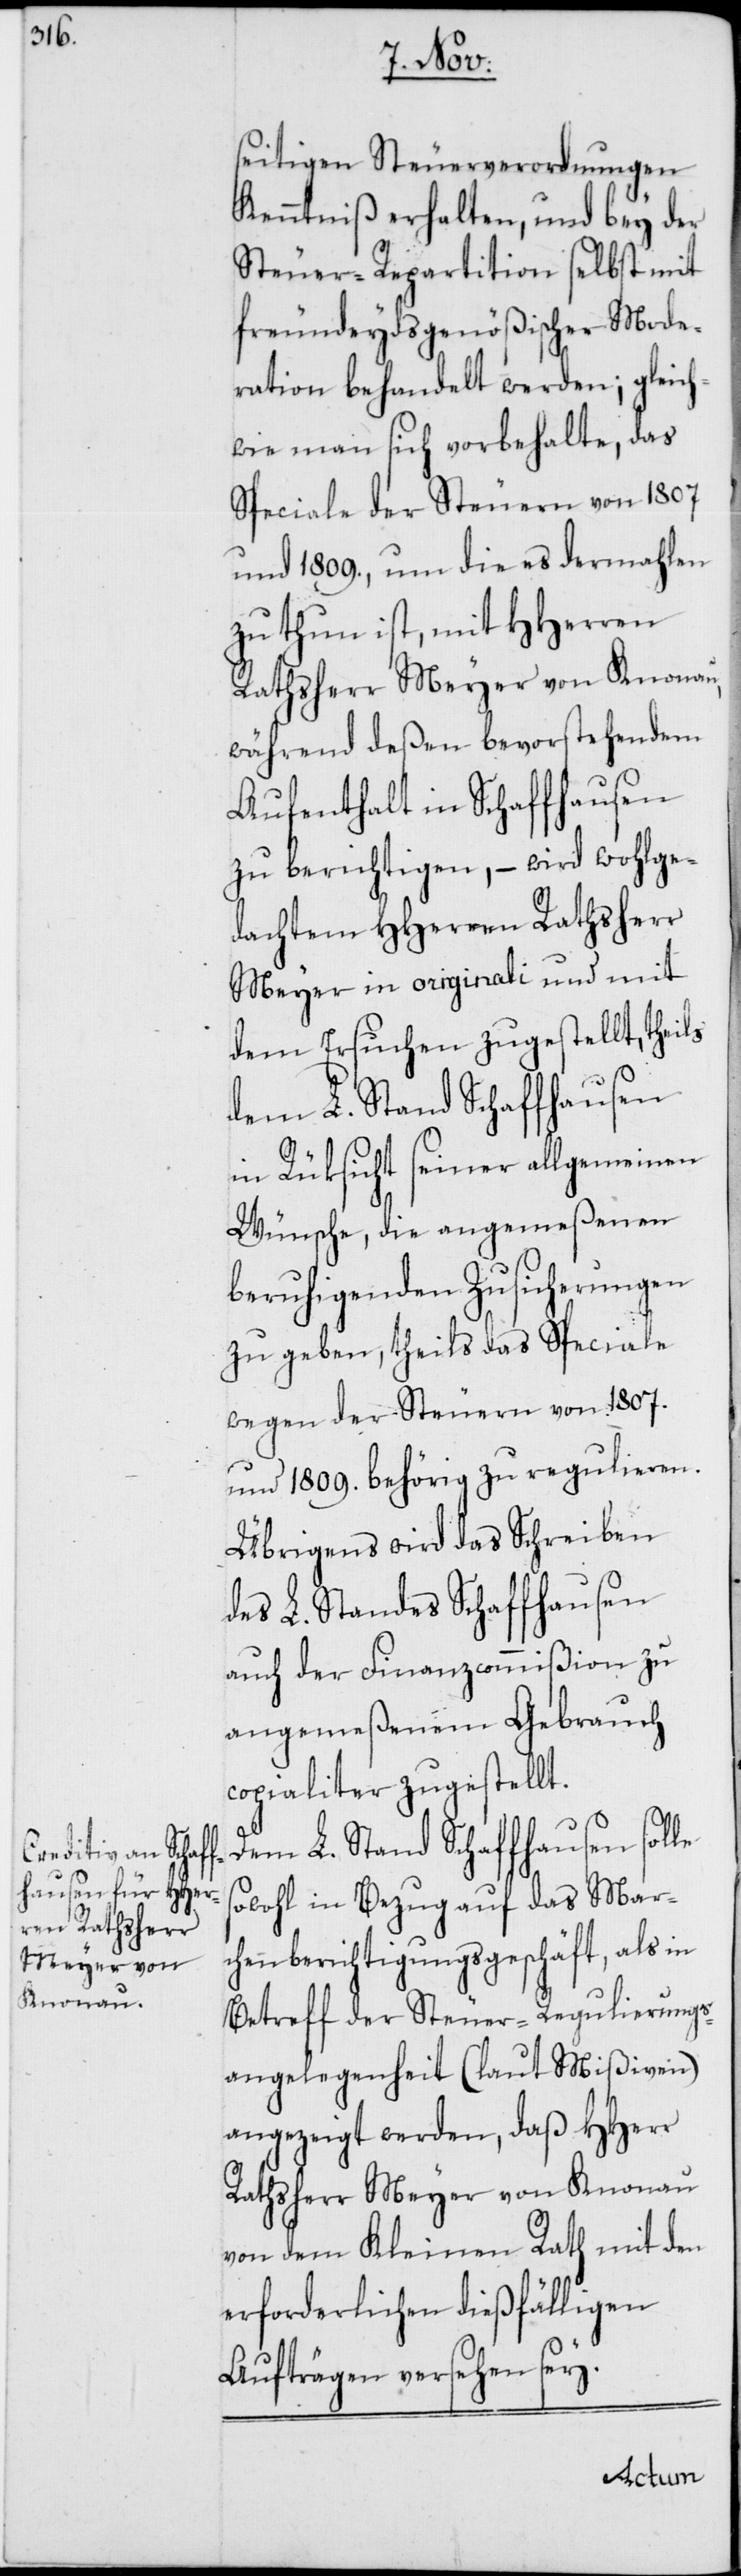
seitigen Steuerverordnungen
Kenntniß erhalten, und bey der
Steuer-Repartition selbst mit
freundeydsgenößischer Mode¬
ration behandelt werden; gleich¬
wie man sich vorbehalte, das
Speciale der Steuern von 1807
und 1809., um die es dermahlen
zu thun ist, mit HHerren
Rathsherr Meyer von Knonau,
während deßen bevorstehendem
Aufenthalt in Schaffhausen
zu berichtigen, – wird wohlge¬
dachtem HHerren Rathsherr
Meyer in originali und mit
dem Ersuchen zugestellt, theils
dem L. Stand Schaffhausen
in Rüksicht seiner allgemeinen
Wünsche, die angemeßenen
beruhigenden Zusicherungen
zu geben, theils das Speciale
wegen der Steuern von 1807.
und 1809. behörig zu regulieren.
Übrigens wird das Schreiben
des L. Standes Schaffhausen
auch der Finanzcommißion zu
angemeßenem Gebrauch
copialiter zugestellt.
Dem L. Stand Schaffhausen solle
sowohl in Bezug auf das Mar¬
chenberichtigungsgeschäft, als in
Betreff der Steuer-Regulierungs¬
angelegenheit (laut Mißiven)
angezeigt werden, daß HHerr
Rathsherr Meyer von Knonau
von dem Kleinen Rath mit den
erforderlichen dießfälligen
Aufträgen versehen sey.